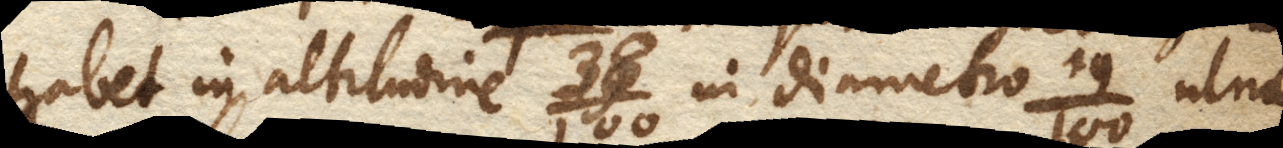
habet in altitudine in diametro ulnae